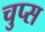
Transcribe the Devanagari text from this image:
चुप्स